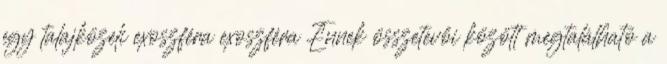
egy talajközeli exoszféra exoszféra Ennek összetevői között megtalálható a